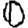
Digit: 0